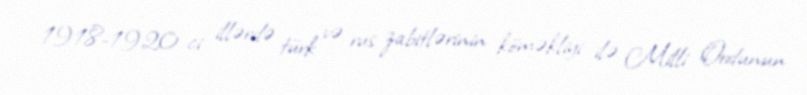
1918-1920-ci illərdə türk və rus zabitlərinin köməkliyi ilə Milli Ordunun